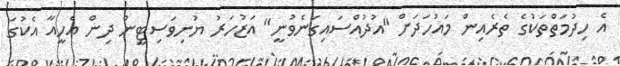
އެ ހިދުމަތްތަކުގެ ތެރެއިން މައުހަދަށް "އުދުއްސައިގަނެވުނީ" އަޒުހަރު ޔުނިވަސިޓީން ދިން އެހީއާ އެކުގަ